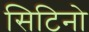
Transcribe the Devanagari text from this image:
सिटिनो